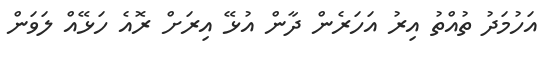
އަހުމަދު ތުއްތު އިރު އަހަރެން ދާން އުޅޭ އިރަށް ރޮއެ ހަޅޭއް ލަވަން